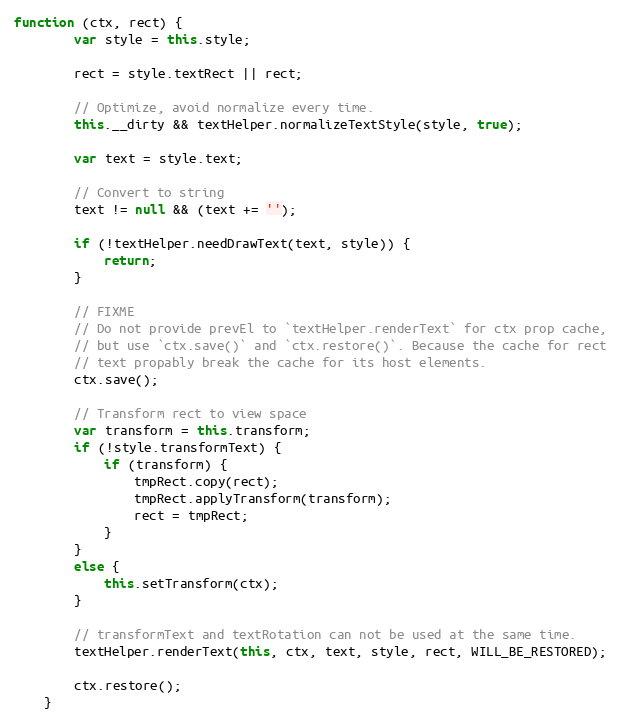
Language: JavaScript
function (ctx, rect) {
        var style = this.style;

        rect = style.textRect || rect;

        // Optimize, avoid normalize every time.
        this.__dirty && textHelper.normalizeTextStyle(style, true);

        var text = style.text;

        // Convert to string
        text != null && (text += '');

        if (!textHelper.needDrawText(text, style)) {
            return;
        }

        // FIXME
        // Do not provide prevEl to `textHelper.renderText` for ctx prop cache,
        // but use `ctx.save()` and `ctx.restore()`. Because the cache for rect
        // text propably break the cache for its host elements.
        ctx.save();

        // Transform rect to view space
        var transform = this.transform;
        if (!style.transformText) {
            if (transform) {
                tmpRect.copy(rect);
                tmpRect.applyTransform(transform);
                rect = tmpRect;
            }
        }
        else {
            this.setTransform(ctx);
        }

        // transformText and textRotation can not be used at the same time.
        textHelper.renderText(this, ctx, text, style, rect, WILL_BE_RESTORED);

        ctx.restore();
    }